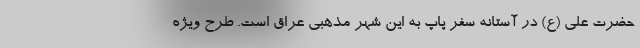
حضرت علی (ع) در آستانه سفر پاپ به این شهر مذهبی عراق است. طرح ویژه